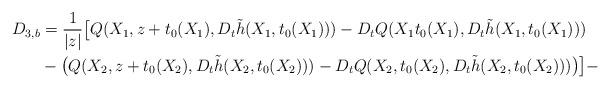
LaTeX: \begin{align*}D_{3,b}&=\frac{1}{|z|} \big[ Q(X_1,z+t_0(X_1),D_t\tilde h(X_1,t_0(X_1)))- D_t Q(X_1t_0(X_1),D_t\tilde h(X_1,t_0(X_1)))\\& -\big( Q(X_2,z+t_0(X_2),D_t\tilde h(X_2,t_0(X_2)))- D_t Q(X_2,t_0(X_2),D_t\tilde h(X_2,t_0(X_2)))\big)\big] -\end{align*}